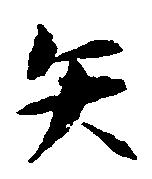
矢